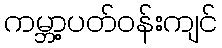
ကမ္ဘာ့ပတ်ဝန်းကျင်